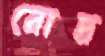
রোদ্র